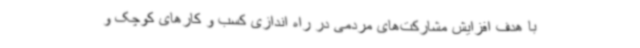
با هدف افزایش مشارکت‌های مردمی در راه اندازی کسب و کارهای کوچک و